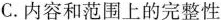
C.内容和范围上的完整性